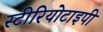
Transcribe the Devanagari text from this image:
स्‍टीरियोटाइपी